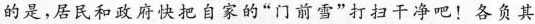
的是，居民和政府快把自家的“门前雪”打扫干净把！各负其